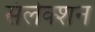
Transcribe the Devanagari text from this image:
संलेक्शन